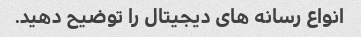
انواع رسانه های دیجیتال را توضیح دهید.